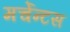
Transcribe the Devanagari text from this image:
मर्चेन्टस